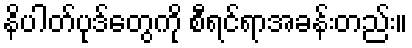
နိပါတ်ပုဒ်တွေကို စီရင်ရာအခန်းတည်း။